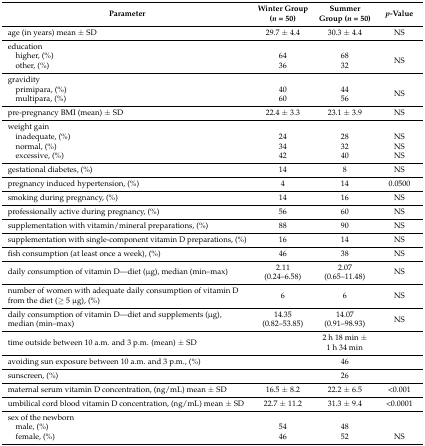
| Parameter | Winter Group (n = 50) | Summer Group (n = 50) | p-Value |
 | --- | --- | --- | --- |
 | age (in years) mean ± SD | 29.7 ± 4.4 | 30.3 ± 4.4 | NS |
 | education |  |  |  |
 | higher, (%) | 64 | 68 | <ROWSPAN=2> NS |
 | other, (%) | 36 | 32 |
 | gravidity |  |  |  |
 | primipara, (%) | 40 | 44 | <ROWSPAN=2> NS |
 | multipara, (%) | 60 | 56 |
 | pre-pregnancy BMI (mean) ± SD | 22.4 ± 3.3 | 23.1 ± 3.9 | NS |
 | weight gain |  |  |  |
 | inadequate, (%) | 24 | 28 | NS |
 | normal, (%) | 34 | 32 | NS |
 | excessive, (%) | 42 | 40 | NS |
 | gestational diabetes, (%) | 14 | 8 | NS |
 | pregnancy induced hypertension, (%) | 4 | 14 | 0.0500 |
 | smoking during pregnancy, (%) | 14 | 16 | NS |
 | professionally active during pregnancy, (%) | 56 | 60 | NS |
 | supplementation with vitamin/mineral preparations, (%) | 88 | 90 | NS |
 | supplementation with single-component vitamin D preparations, (%) | 16 | 14 | NS |
 | fish consumption (at least once a week), (%) | 46 | 38 | NS |
 | daily consumption of vitamin D—diet (μg), median (min–max) | 2.11 (0.24–6.58) | 2.07 (0.65–11.48) | NS |
 | number of women with adequate daily consumption of vitamin D from the diet (≥ 5 μg), (%) | 6 | 6 | NS |
 | daily consumption of vitamin D—diet and supplements (μg), median (min–max) | 14.35 (0.82–53.85) | 14.07 (0.91–98.93) | NS |
 | time outside between 10 a.m. and 3 p.m. (mean) ± SD |  | 2 h 18 min ± 1 h 34 min |  |
 | avoiding sun exposure between 10 a.m. and 3 p.m., (%) |  | 46 |  |
 | sunscreen, (%) |  | 26 |  |
 | maternal serum vitamin D concentration, (ng/mL) mean ± SD | 16.5 ± 8.2 | 22.2 ± 6.5 | <0.001 |
 | umbilical cord blood vitamin D concentration, (ng/mL) mean ± SD | 22.7 ± 11.2 | 31.3 ± 9.4 | <0.0001 |
 | sex of the newborn |  |  |  |
 | male, (%) | 54 | 48 |  |
 | female, (%) | 46 | 52 | NS |